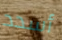
أسدد